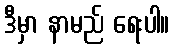
ဒီမှာ နာမည် ရေးပါ။